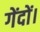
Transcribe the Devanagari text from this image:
गेंदों।